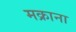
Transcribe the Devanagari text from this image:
मक्राना